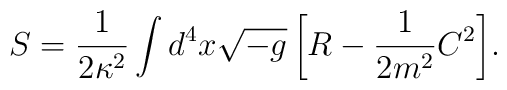
S = \frac{1}{2\kappa^2} \int{ d^4x \sqrt{-g} \left[        R - \frac{1}{2m^2}C^2 \right] }.